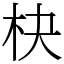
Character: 㭈